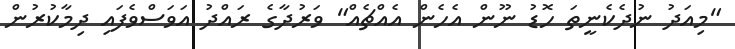
"މިއަދު ނުދެކެނީތަ ހޮޑު ނޫން އެހެން އެއްޗެއް" ވަރުދާގެ ރައްދު އަވަސްވެފައި ދިމާކުރުން